Report on the cholera epidemic of
Year: 1868
Disease focus: Cholera
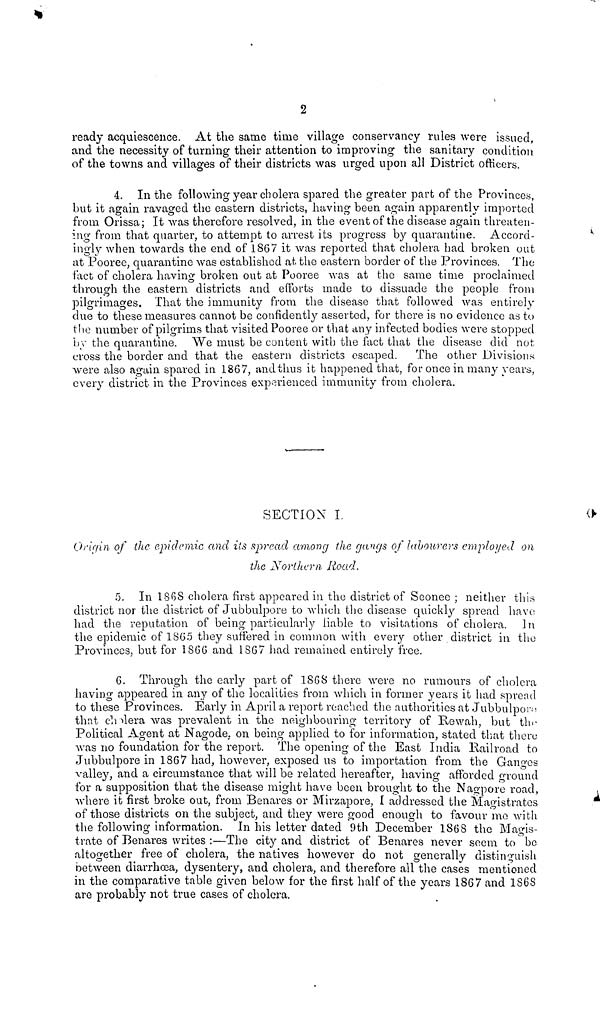
2
ready acquiescence. At the same time village conservancy rules were issued,
and the necessity of turning their attention to improving the sanitary condition
of the towns and villages of their districts was urged upon all District officers.
4. In the fol lowing year cholera spared the greater part of the Provinces,
but it again ravaged the eastern districts, having been again apparently imported
from Orissa; It was therefore resolved, in the event of the disease again threaten-
ing from that quarter, to attempt to arrest its progress by quarantine. Accord-
ingly when towards the end of 1867 it was reported that cholera had broken out
at Pooree, quarantine was established at the eastern border of the Provinces. The
fact of cholera having broken out at Pooree was at the same time proclaimed
through the eastern districts and efforts made to dissuade the people from
pilgrimages. That the immunity from the disease that followed was entirely
due to these measures cannot be confidently asserted, for there is no evidence as to
the number of pilgrims that visited Pooree or that any infected bodies were stopped
by the quarantine. We must be content with the fact that the disease did not
cross the border and that the eastern districts escaped. The other Divisions
were also again spared in 1867, and thus it happened that, for once in many years,
every district in the Provinces experienced immunity from cholera.
SECTION I.
Oriqin of the epidemic and its spread among the gargs of labourers employed on
the Northra Road.
5. In 1868 cholera first appeared in the district of Seonee ; neither this
district nor the district of Jubbulpore to which the disease quickly spread have
had the reputation of being particularly liable to visitations of cholera. In
the epidemic of 1865 they suffered in common with every other district in the
Provinces, but for 1866 and 1867 had remained entirely free.
6. Through the early part of 1868 there were no rumours of cholera
having appeared in any of the localities from which in former years it had spread
to these Provinces. Early in April a report reached the authorities at Jubbulpore
that chalera was prevalent in the neighbouring territory of Rewah, but tin-
Political Agent at Nagode. on being applied to for information, stated that there
was no foundation for the report. The opening of the East India Railroad to
Jubbulpore in 1867 had, however, exposed us to importation from the Ganges
valley, and a circumstance that will be related hereafter, having afforded ground
for a supposition that the disease might have been brought to the Nag-pore road,
where it first broke out, from Benares or Mirzapore, I addressed the Magistrates
of those districts on the subject, and they were good enough to favour mo with
the following information. In his letter dated 9th December 1868 the Magis-
trate of Benares writes :—The city and district of Benares never seem to be
altogether free of cholera, the natives however do not generally distinguish
between diarrhoæa, dysentery, and cholera, and therefore all the cases mentioned
in the comparative table given below for the first half of the years 1867 and 186S
are probably not true cases of cholera.